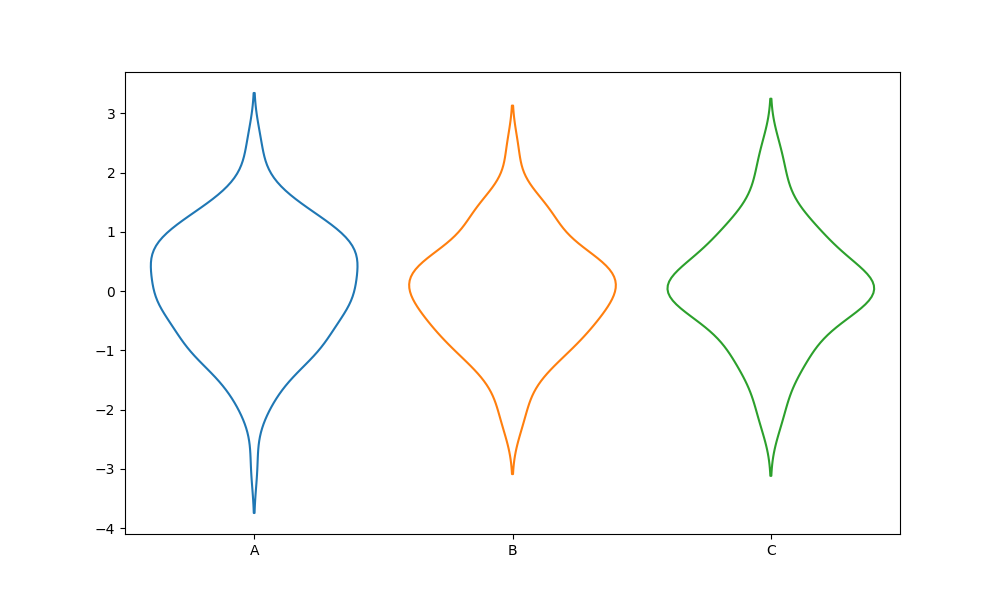
python, seaborn, violinplot, scale='count', split='False', inner='None', fill='False'